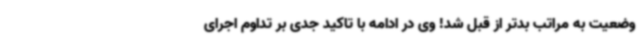
وضعیت به مراتب بدتر از قبل شد! وی در ادامه با تاکید جدی بر تداوم اجرای